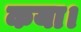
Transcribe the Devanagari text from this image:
कया।